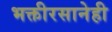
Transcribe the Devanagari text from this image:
भक्तीरसानेही